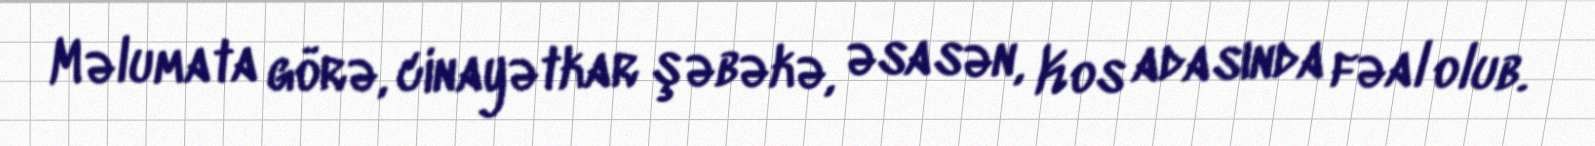
Məlumata görə, cinayətkar şəbəkə, əsasən, Kos adasında fəal olub.